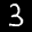
Label: 3